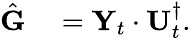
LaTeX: \begin{array}{rl}{\hat{\mathbf G}}&{{}={\mathbf Y}_{t}\cdot{\mathbf U}_{t}^{\dagger}.}\end{array}